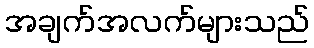
အချက်အလက်များသည်